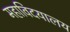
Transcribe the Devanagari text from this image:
महाविदयालय